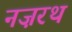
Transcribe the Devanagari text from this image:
नज़रथ